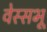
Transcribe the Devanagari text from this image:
वेस्सभू